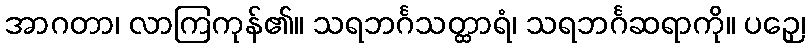
အာဂတာ၊ လာကြကုန်၏။ သရဘင်္ဂသတ္ထာရံ၊ သရဘင်္ဂဆရာကို။ ပဉှေ၊